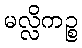
မလ္လိကဉ္စ